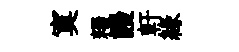
寞糧謾軒緣